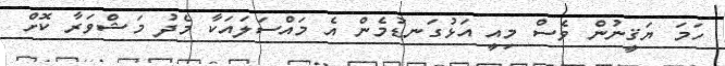
ހަމަ ޔަޤީނުން ވެސް މިއީ އަޅުގަނޑުމެން އެ މައްސަލައަކާ މެދު މަޝްވަރާ ކޮށް